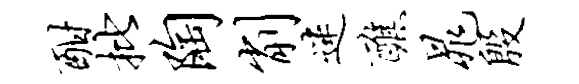
酣批陶削迷醮晁殷